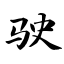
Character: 驶